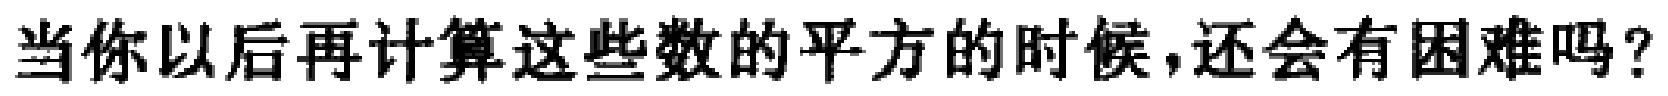
当你以后再计算这些数的平方的时候,还会有困难吗?